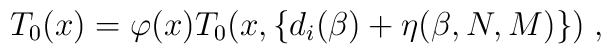
T_0(x) = \varphi(x) T_0(x,\{d_i(\beta) + \eta(\beta,N,M)\}) \; ,